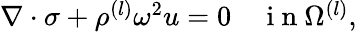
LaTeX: \begin{array}{r}{\nabla\cdot\sigma+\rho^{(l)}\omega^{2}u=0\quad\mathrm{~i~n~}\Omega^{(l)},}\end{array}